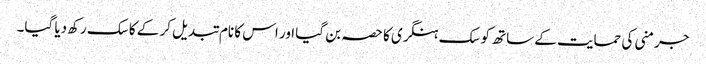
جرمنی کی حمایت کے ساتھ کوسک ہنگری کا حصہ بن گیا اور اس کا نام تبدیل کر کے کاسک رکھ دیا گیا۔